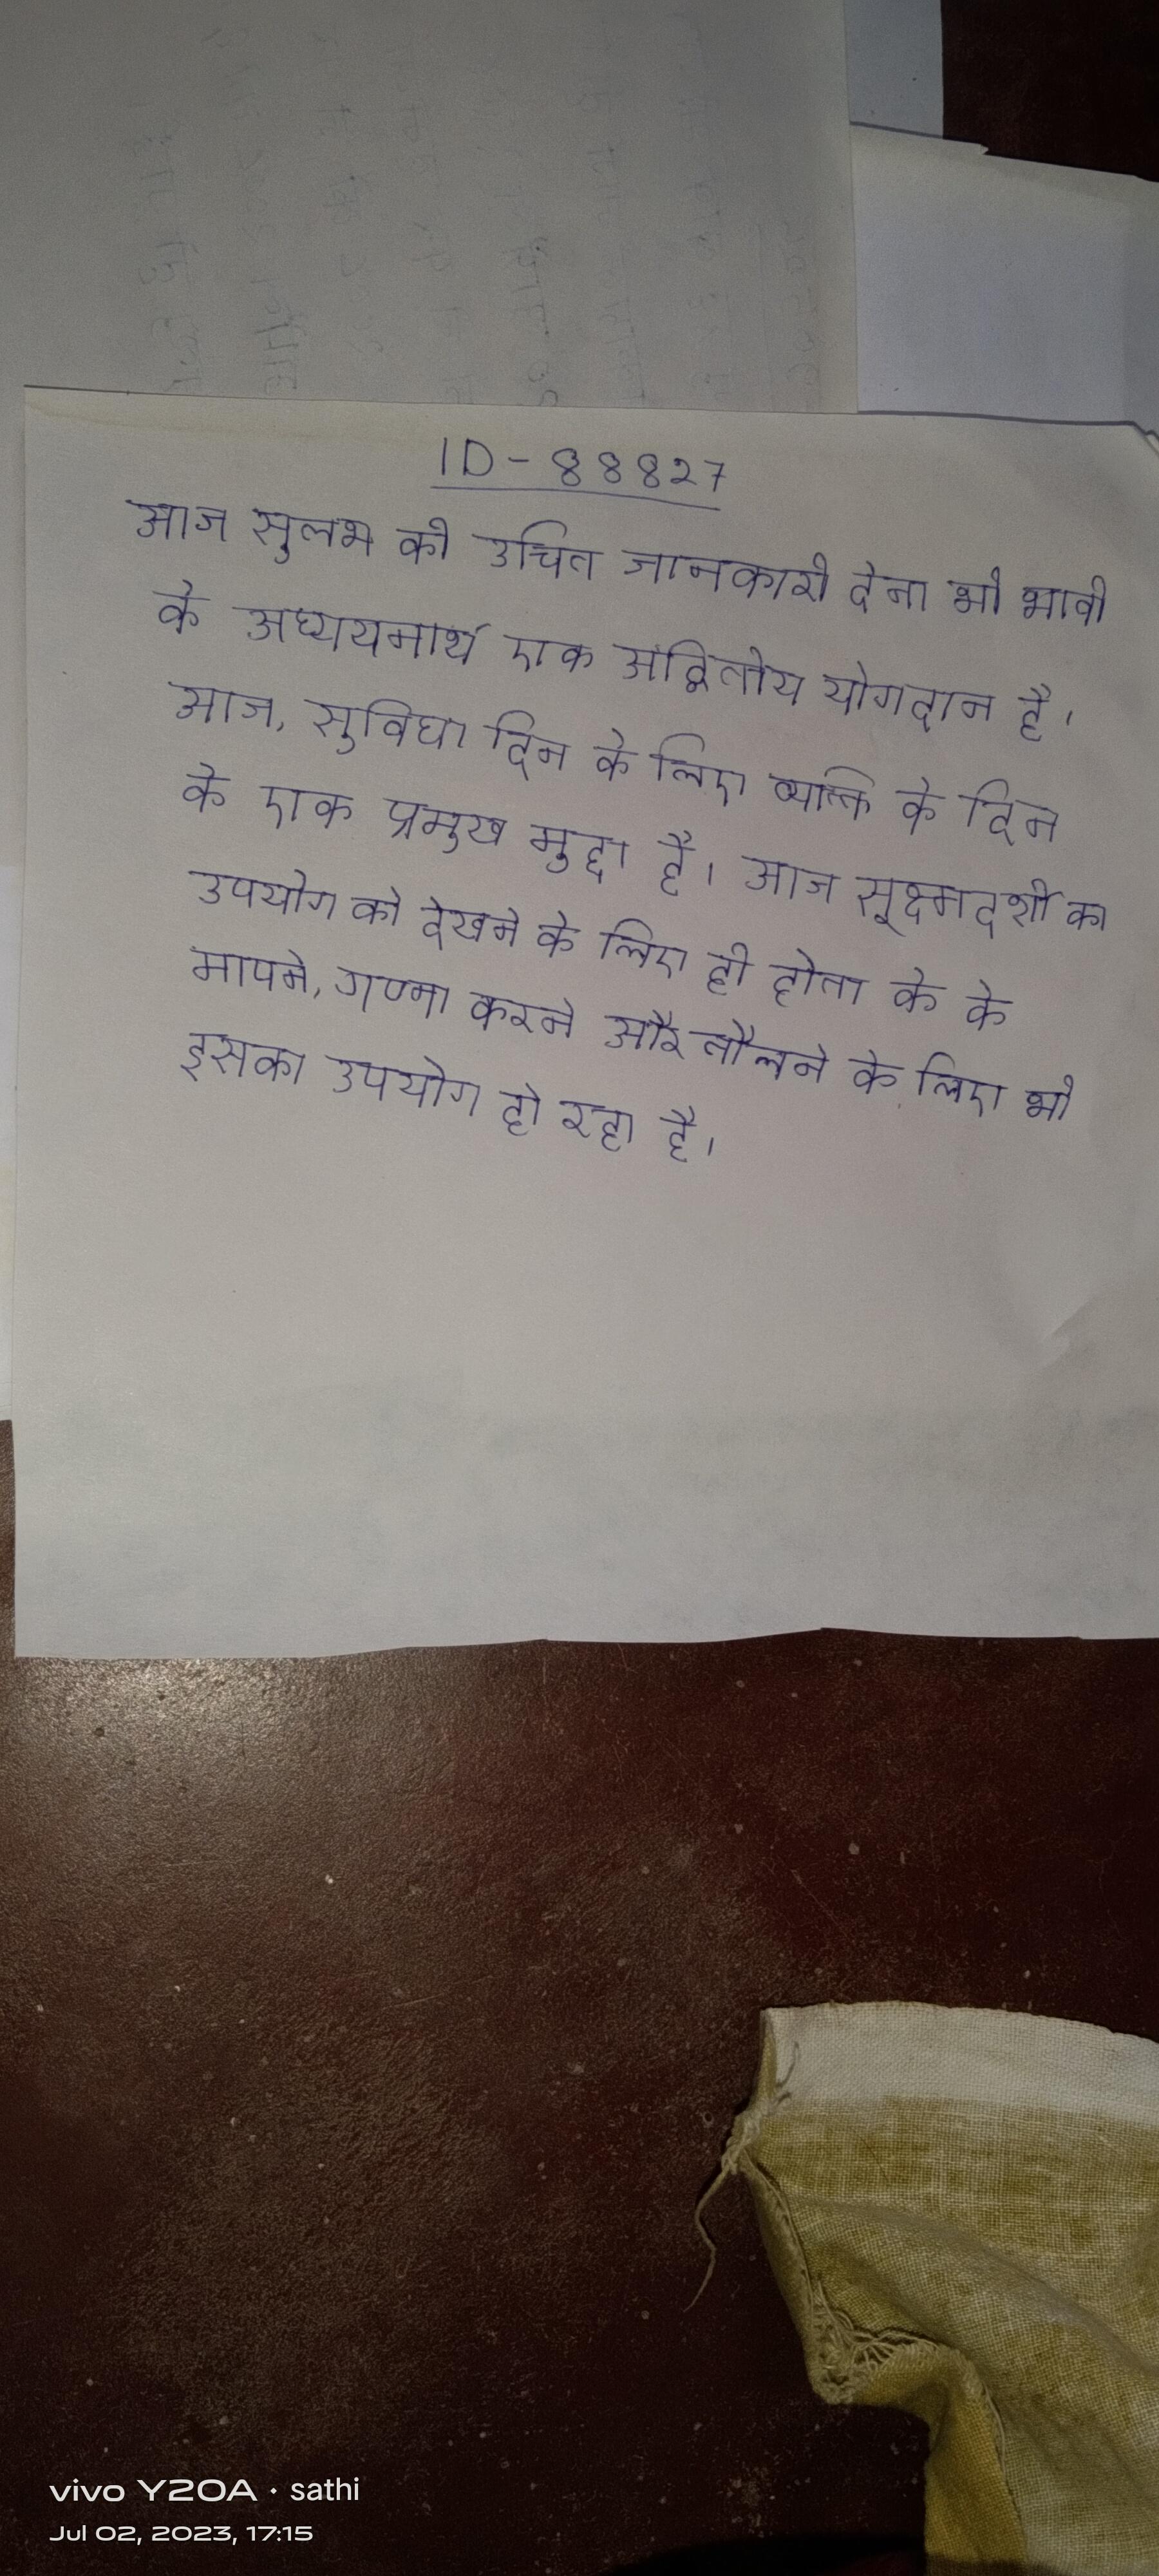
आज सुलभ की उचित जानकारी देना भी भावी के अध्ययनार्थ एक अद्वितीय योगदान है । आज, सुविधा दिन के लिए एक व्यक्ति के दिन के एक प्रमुख मुद्दा है । आज सूक्ष्मदर्शी का उपयोग को देखने के लिए ही होता के के मापने, गणना करने और तौलने के लिए भी इसका उपयोग हो रहा है ।